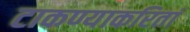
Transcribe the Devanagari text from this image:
टाकण्याकरितां